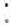
: